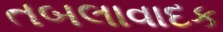
તબલાવાદક